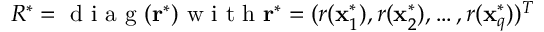
R ^ { * } = \mathrm { ~ d ~ i ~ a ~ g ~ } ( \mathbf { r } ^ { * } ) \mathrm { ~ w ~ i ~ t ~ h ~ } \mathbf { r } ^ { * } = ( r ( \mathbf { x } _ { 1 } ^ { * } ) , r ( \mathbf { x } _ { 2 } ^ { * } ) , \ldots , r ( \mathbf { x } _ { q } ^ { * } ) ) ^ { T }